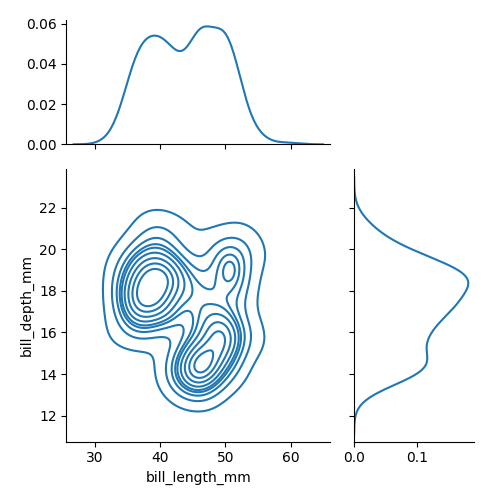
python, seaborn, jointplot, kind='kde', height='5', ratio='2', marginal_ticks='True'